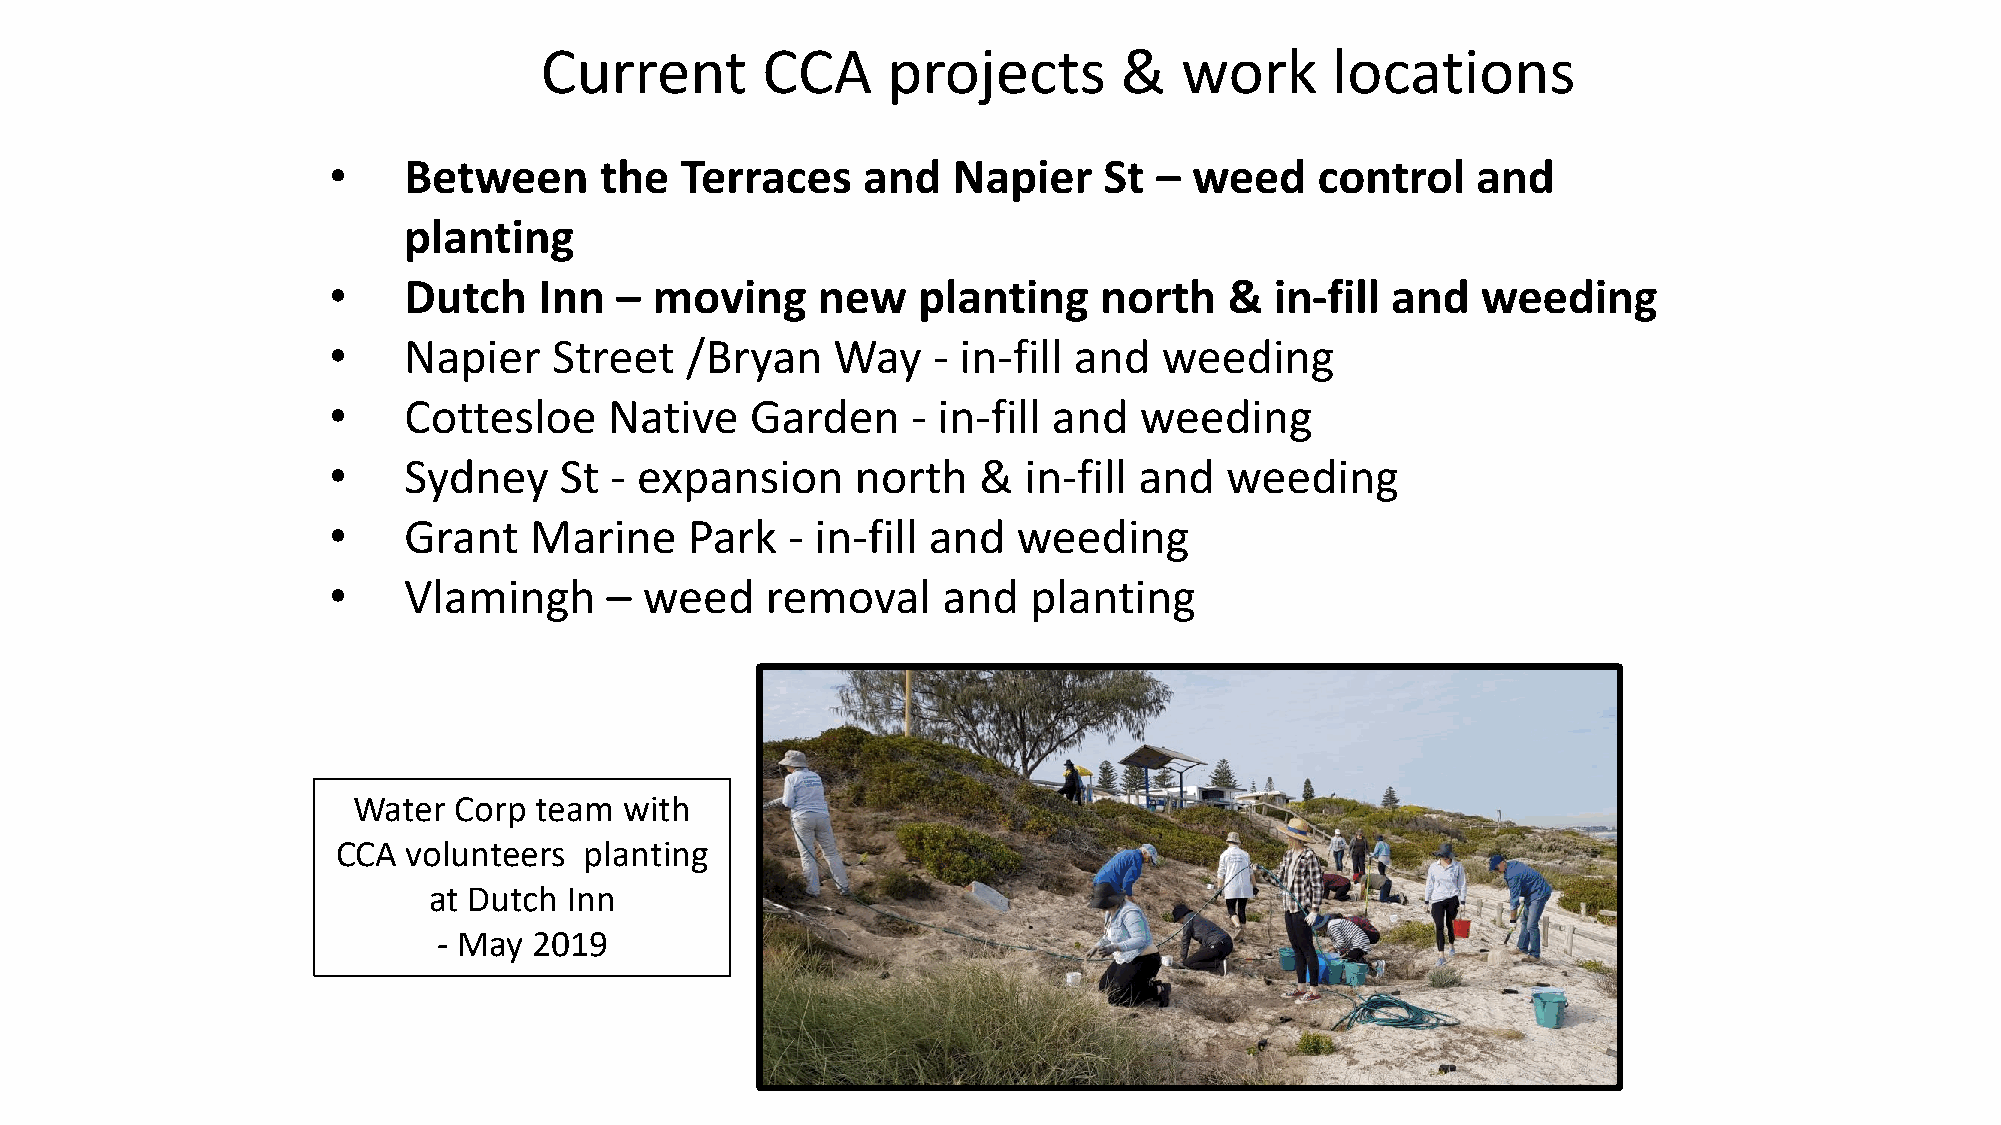
Current       CCA      projects       &   work      locations
 •    Between      the  Terraces    and   Napier    St  – weed    control    and
 planting
 •    Dutch    Inn  – moving     new    planting    north   &  in-fill and   weeding
 •    Napier    Street  /Bryan    Way    - in-fill and  weeding
 •    Cottesloe    Native    Garden    - in-fill and  weeding
 •    Sydney    St - expansion      north   &  in-fill and  weeding
 •    Grant   Marine     Park  - in-fill and  weeding
 •    Vlamingh     –  weed    removal    and   planting
 Water  Corp team  with
 CCA  volunteers  planting
 at Dutch  Inn
 - May 2019